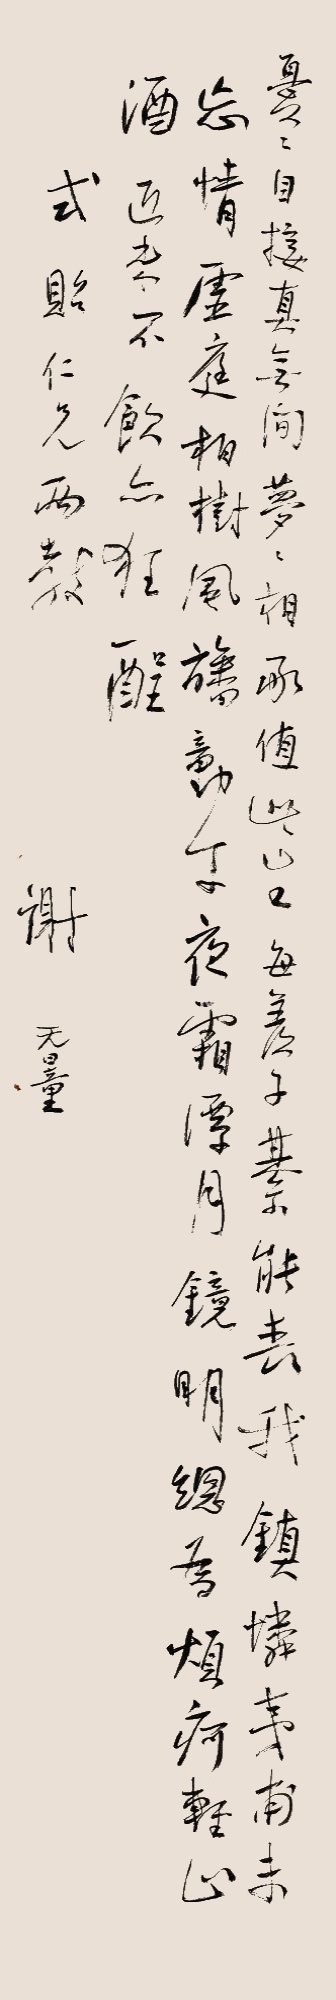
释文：忧忧自接真无间，梦梦相承值此生。每羡子綦能丧我，镇怜夷甫未忘情。虚庭柏树风旛动，午夜霜潭月镜明。总为烦疴轻止酒，近来不饮亦狂醒。式贻仁兄两教。谢无量。